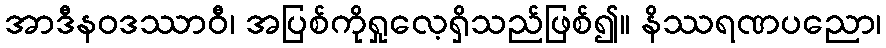
အာဒီနဝဒဿာဝီ၊ အပြစ်ကိုရှုလေ့ရှိသည်ဖြစ်၍။ နိဿရဏပညော၊